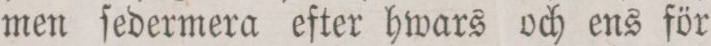
men ſedermera efter hwars och ens för